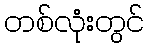
တစ်လုံးတွင်